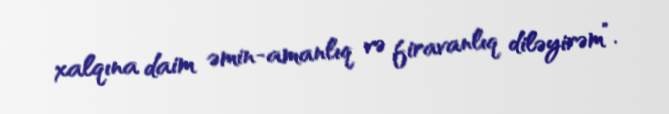
xalqına daim əmin-amanlıq və firavanlıq diləyirəm”.